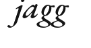
jagg